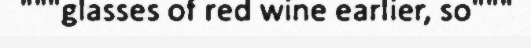
"""glasses of red wine earlier, so"""